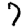
Digit: 7